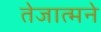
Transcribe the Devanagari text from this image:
तेजात्मने